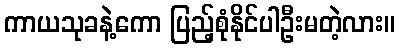
ကာယသုခနဲ့ကော ပြည့်စုံနိုင်ပါဦးမတဲ့လား။